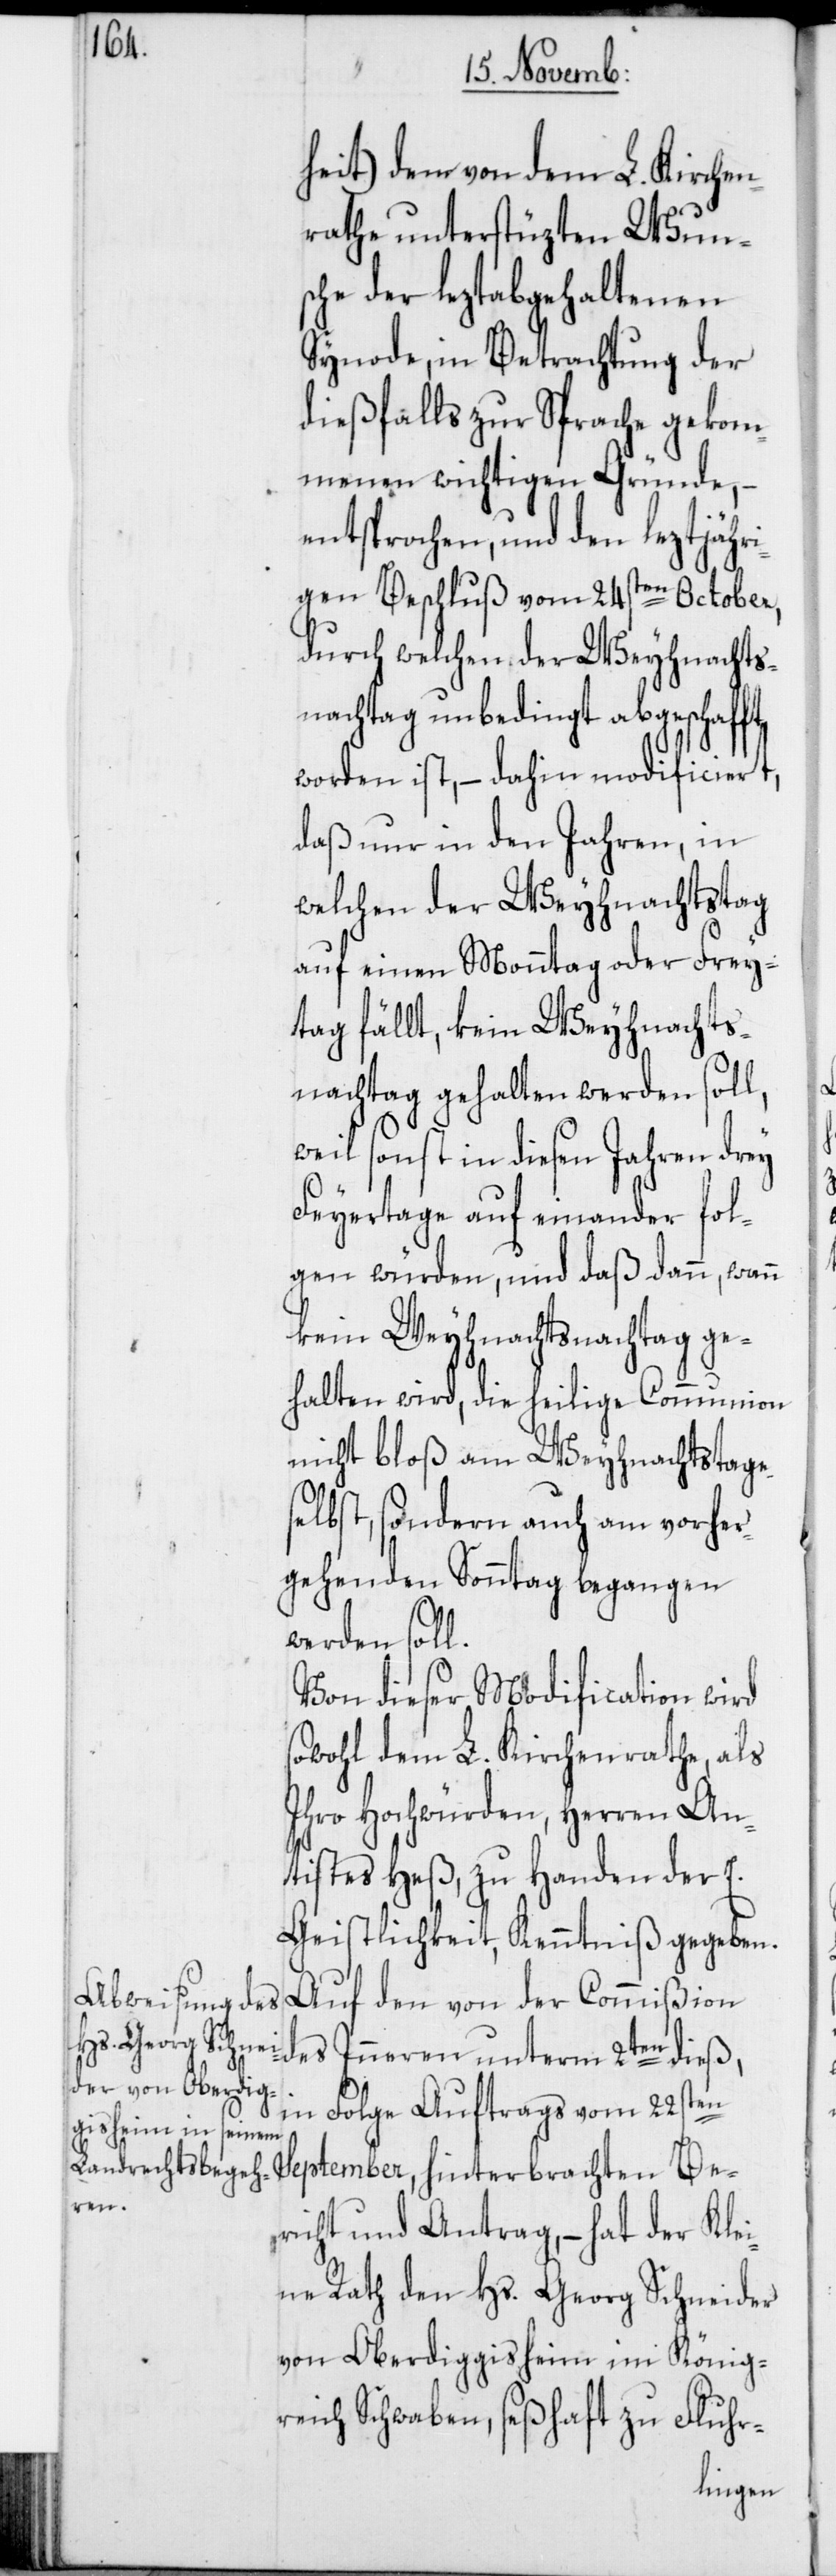
Be¬

heit) dem von dem L. Kirchen¬
rathe unterstüzten Wun¬
sche der lezt abgehaltenen
Synode, in Betrachtung der
dießfalls zur Sprache gekom¬
menen wichtigen Gründe, –
entsprochen, und den leztjähr¬
igen Beschluß vom 24sten October,
durch welchen der Weyhnachts¬
nachtag unbedingt abgeschafft
worden ist, – dahin modificiert,
daß nur in den Jahren, in
welchen der Weyhnachtstag
auf einen Montag oder Frey¬
tag fällt, kein Weyhnachts¬
nachtag gehalten werden soll,
weil sonst in diesen Jahren drey
Feyertage auf einander fol¬
gen würden, und daß dann, wann
kein Weyhnachtsnachtag ge¬
halten wird, die heilige Communion
nicht bloß am Weyhnachtstage
selbst, sondern auch am vorher¬
gehenden Sonntag begangen
werden soll.
Von dieser Modification wird
sowohl dem L. Kirchenrathe, als
ihro Hochwürden, Herren An¬
tistes Heß, zu Handen der E.
Geistlichkeit, Kenntniß gegeben.
Auf den von der Commißion
des Inneren unterm 2ten dieß,
in Folge Auftrags vom 22sten
richt und Antrag, – hat der Klei¬
ne Rath den Hs. Georg Schneider
von Oberdiggisheim im König¬
reich Schwaben, seßhaft zu Fluhr-